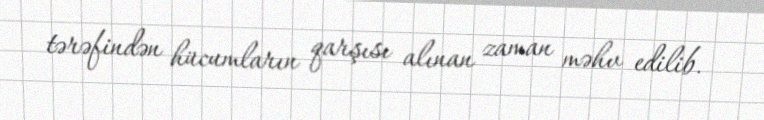
tərəfindən hücumların qarşısı alınan zaman məhv edilib.